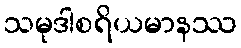
သမုဒါစရိယမာနဿ